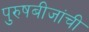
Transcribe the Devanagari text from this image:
पुरुषबीजांची